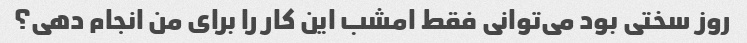
روز سختی بود می‌توانی فقط امشب این کار را برای من انجام دهی؟